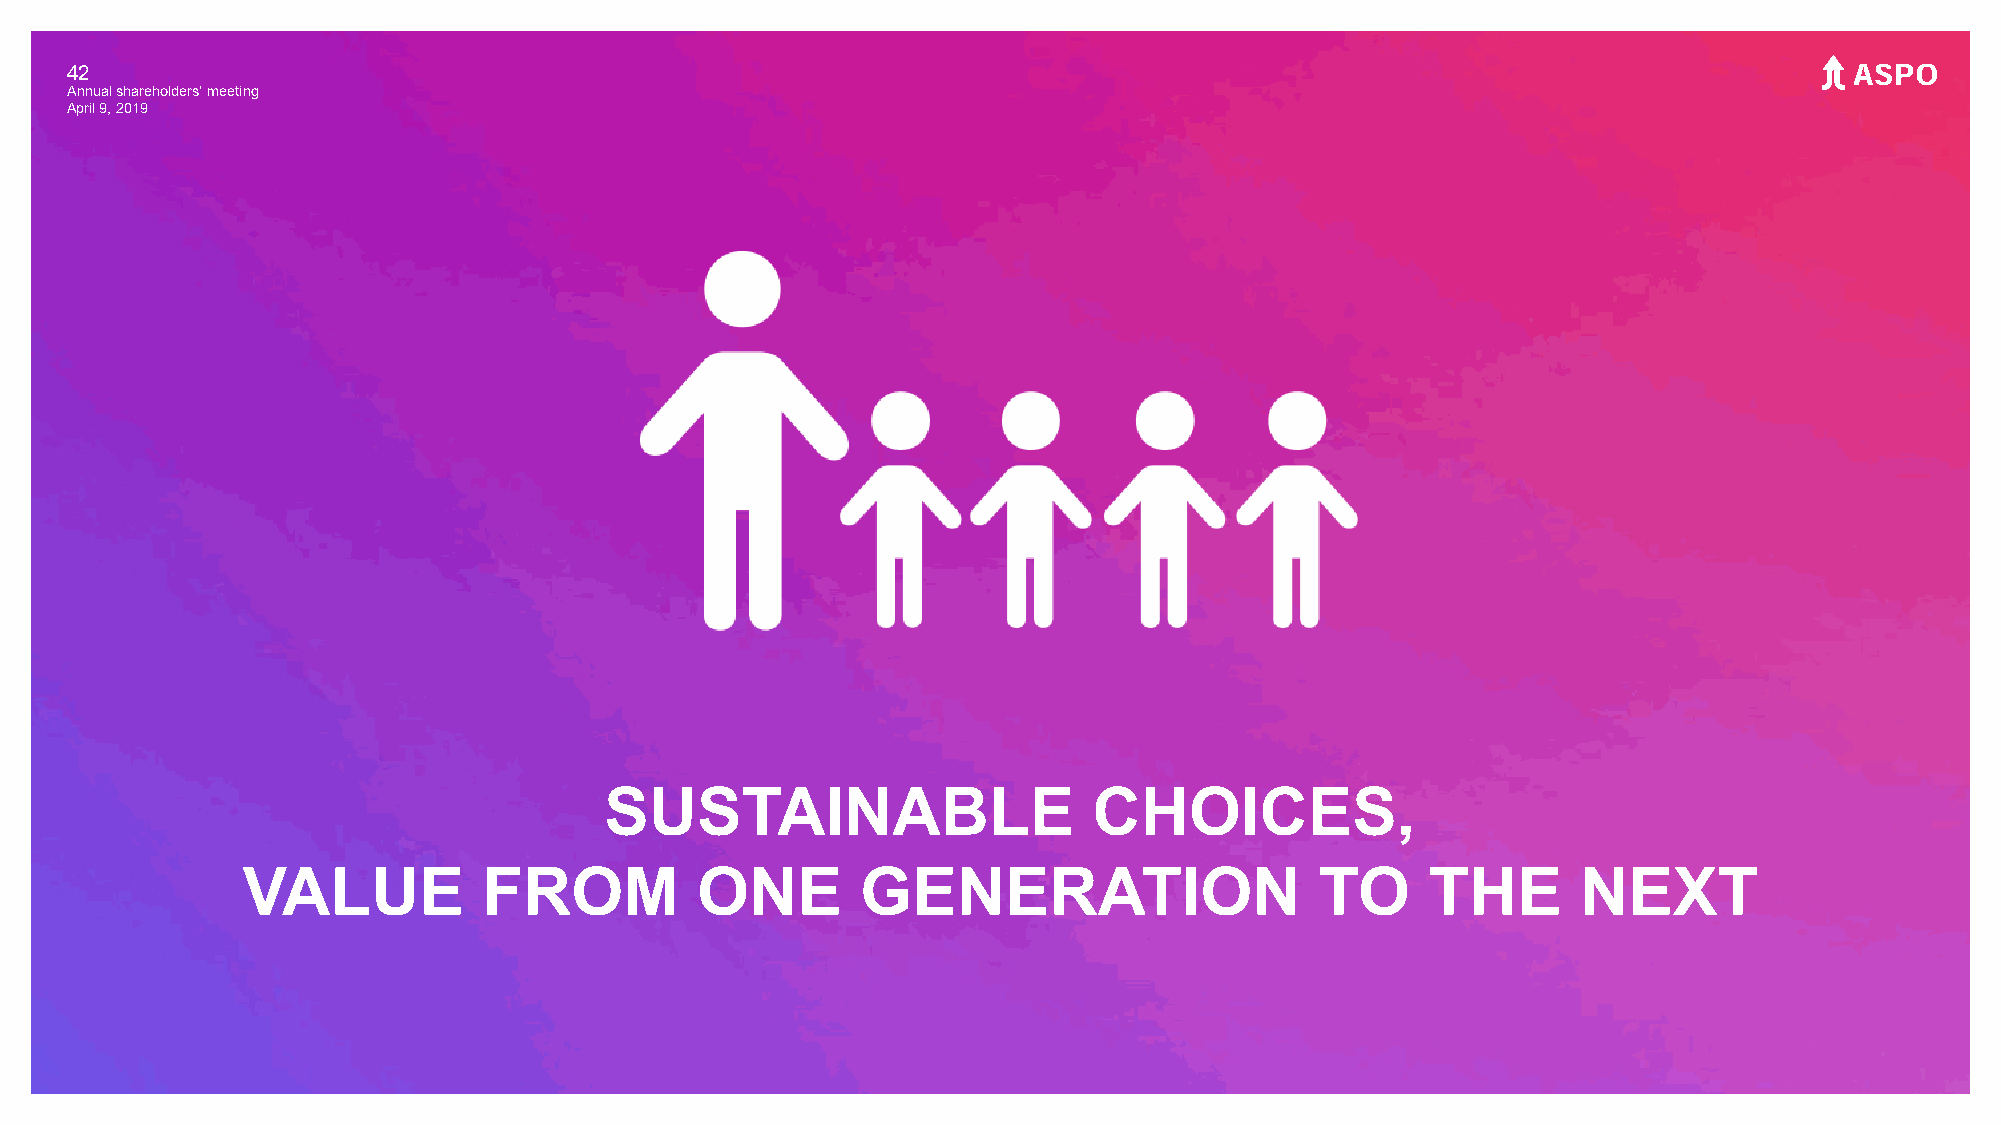
42
 Annual shareholders' meeting
 April 9, 2019
 SUSTAINABLE                     CHOICES,
 VALUE           FROM          ONE        GENERATION                    TO      THE       NEXT